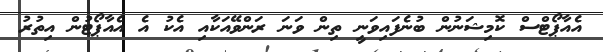
އެއާޕޯޓްސް ކޮމިޝަނުން ބުނެފައިވަނީ ތިން ވަނަ ރަންވޭއަކާއި އެކު އެ އެއާޕޯޓުން އިތުރު